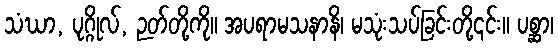
သံဃာ, ပုဂ္ဂိုလ်, ဉတ်တို့ကို။ အပရာမသနာနိ၊ မသုံးသပ်ခြင်းတို့၎င်း။ ပစ္ဆာ၊